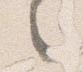
之